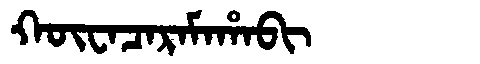
Manchu: ᡴᡡᠸᠠᠴᠠᡵᠠᠮᠠᡥᠠᠪᡳ
Romanization: KŪWACARAMAHABI